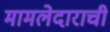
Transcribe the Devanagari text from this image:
मामलेदाराची